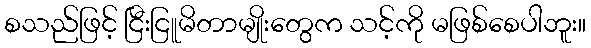
စသည်ဖြင့် ငြီးငြူမိတာမျိုးတွေက သင့်ကို မဖြစ်စေပါဘူး။